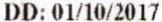
DD: 01/10/2017